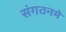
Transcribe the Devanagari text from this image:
संगठनमे